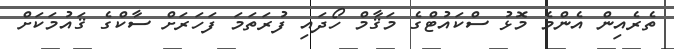
ތެރެއިން އެންމެ މޮޅު ސްކައުޓްގެ މަޤާމް ހޯދައި ފުރަތަމަ ފަހަރަށް ސާކްގެ ޤައުމަކަށް